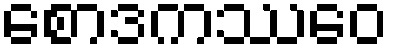
စောဒကဿေဝ